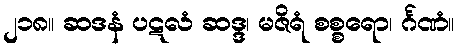
၂၁၈။ ဆဒနံ ပဋလံ ဆဒ္ဒ၊ မဇိရံ စစ္စရော၊ င်္ဂဏံ။